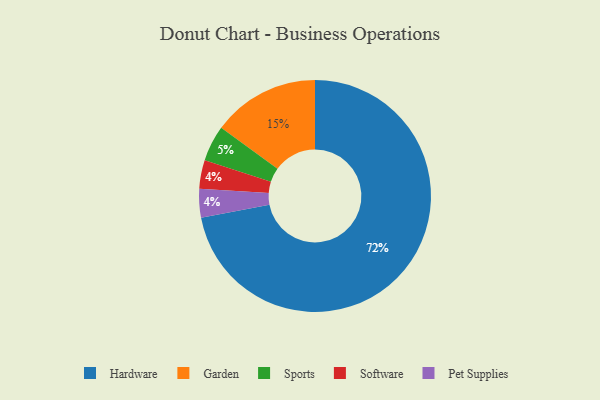
{"axis": {"x": "Category", "y": "Percentage"}, "legend": ["Garden", "Hardware", "Pet Supplies", "Software", "Sports"], "data": [{"x": "Software", "y": 4, "type": "Software"}, {"x": "Pet Supplies", "y": 4, "type": "Pet Supplies"}, {"x": "Garden", "y": 15, "type": "Garden"}, {"x": "Hardware", "y": 72, "type": "Hardware"}, {"x": "Sports", "y": 5, "type": "Sports"}]}